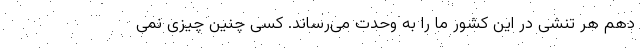
دهم هر تنشی در این کشور ما را به وحدت می‌رساند. کسی چنین چیزی نمی